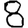
Digit: 8